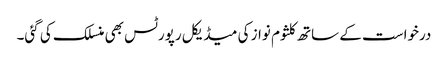
درخواست کے ساتھ کلثوم نواز کی میڈیکل رپورٹس بھی منسلک کی گئی۔